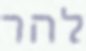
להר